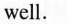
well.